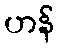
ဟန်